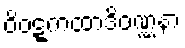
ဝိဝဋ္ဋကထာဒိဝဏ္ဏနာ